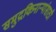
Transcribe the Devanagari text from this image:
समुद्रकिनार्‍यांसाठी